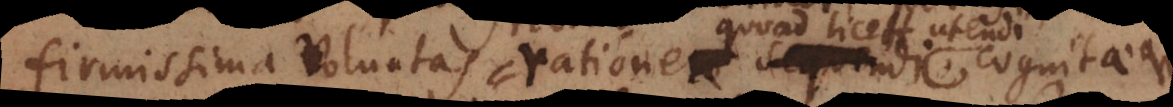
firmissima voluntas rationem sequendi recta